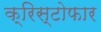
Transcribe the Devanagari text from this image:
क्रिस्टोफार